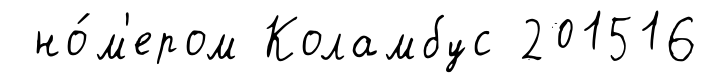
но́м'ером Коламбус 201516